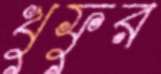
খুফুর